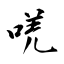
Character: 唴